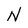
Character: N